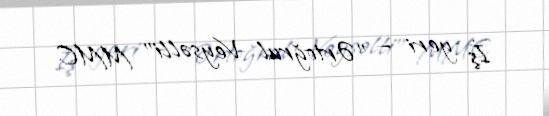
İş yeri — "Ərtoğrul Veysəlli" MMC